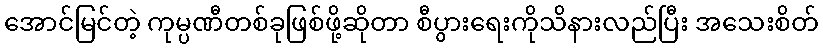
အောင်မြင်တဲ့ ကုမ္ပဏီတစ်ခုဖြစ်ဖို့ဆိုတာ စီပွားရေးကိုသိနားလည်ပြီး အသေးစိတ်